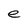
Character: e